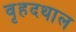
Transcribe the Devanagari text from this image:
वृहदथाल